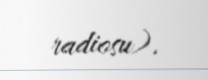
radiosu).